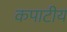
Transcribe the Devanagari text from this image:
कपाटीय